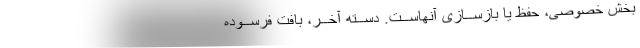
بخش خصوصی، حفظ یا بازســازی آنهاســت. دســته آخــر، بافت فرســوده